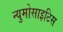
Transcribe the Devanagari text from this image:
न्युमोसाइटिस